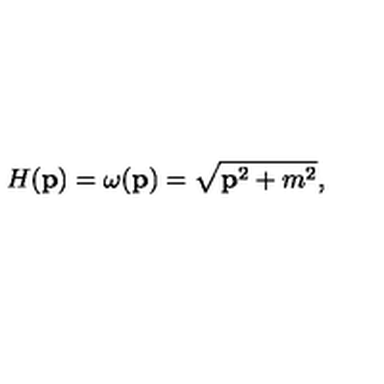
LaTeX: H ( { \bf p } ) = \omega ( { \bf p } ) = \sqrt { { \bf p } ^ { 2 } + m ^ { 2 } } ,